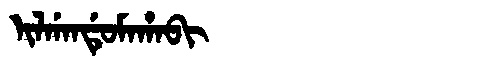
Manchu: ᡳᠯᡤᠠᠨᡩᡠᠮᠠᡥᠠᠪᡳ
Romanization: ILGANDUMAHABI